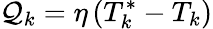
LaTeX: \mathcal{Q}_{k}=\eta\left(T_{k}^{*}-T_{k}\right)